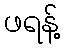
ဖရန့်